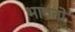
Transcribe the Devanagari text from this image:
भावतो